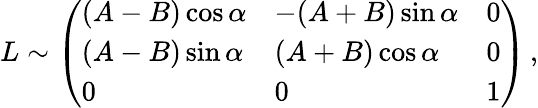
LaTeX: L\sim\left(\begin{array}{lll}{{(A-B)\cos\alpha}}&{{-(A+B)\sin\alpha}}&{{0}}\\ {{(A-B)\sin\alpha}}&{{(A+B)\cos\alpha}}&{{0}}\\ {{0}}&{{0}}&{{1}}\end{array}\right)\, ,